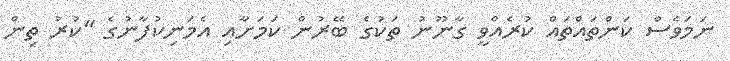
ނަމަވެސް ކަންތައްތައް ކުރެއްވީ ގާނޫނު ތަކުގެ ބޭރުން ކަމަށާއި އެމަނިކުފާނުގެ "ކުރު ތިން